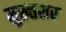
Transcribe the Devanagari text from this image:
मुख्तसर